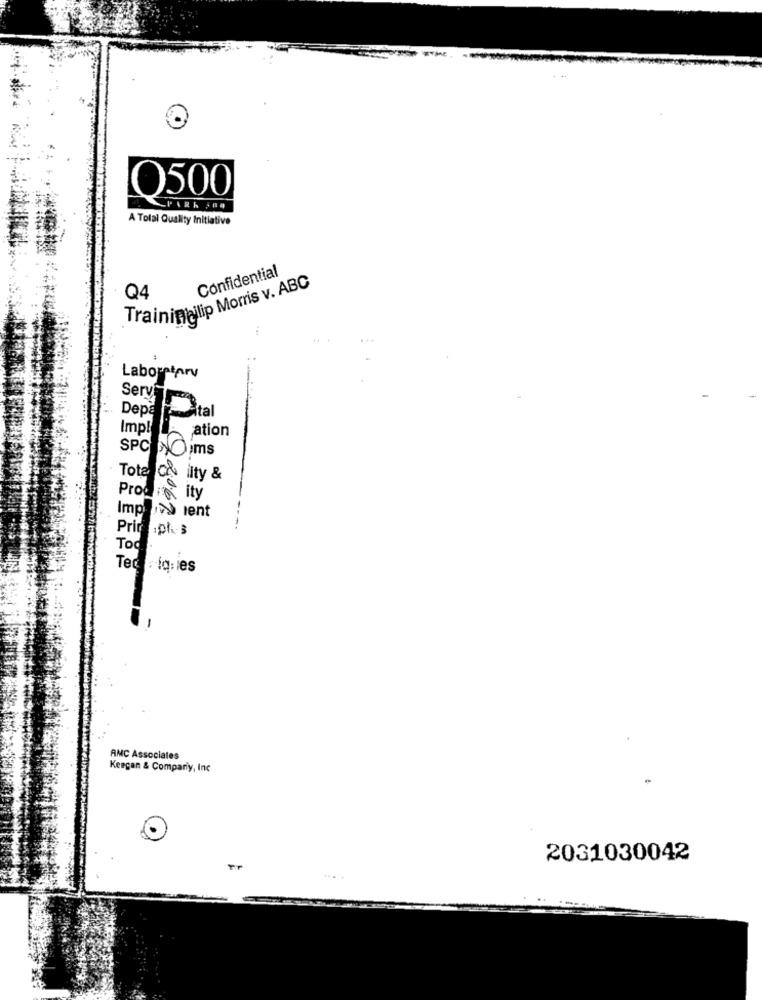
O500
PARK ;04
A Total Quality Initiative
Confidential
Trainimajlip Morris v. ABC
Q4
Laboratory
Serví
Depa
ital
Impl
ation
SPCINOims
Total Cos ilty &
Progno ity
Implied ient
Primoph 3
Tod
Ter ig:ies
AMC Associales
Keegan & Compariy, Inc
2031030042